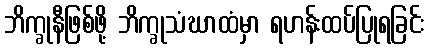
ဘိက္ခုနီဖြစ်ဖို့ ဘိက္ခုသံဃာထံမှာ ရဟန်းထပ်ပြုရခြင်း